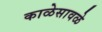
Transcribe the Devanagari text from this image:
काळेसावळे